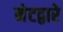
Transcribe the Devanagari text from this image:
नेटद्वारे